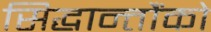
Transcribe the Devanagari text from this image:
सिद्धान्तौंको